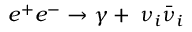
e ^ { + } e ^ { - } \to \gamma + \; \nu _ { i } \bar { \nu } _ { i }